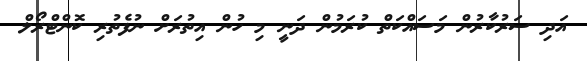
އަދި ސަރުކާރުން މަސައްކަތް ކުރަމުން ދަނީ މި ހުން އިތުރަށް ނުފެތުރި ކޮންޓްރޯލް